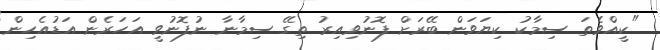
"ކީއްވެތަ ސިމާކު ކިޔަވަން ބޭރަށް ފޮނުވިއިރު ތިގޭ ސިމާނާ ނުފޮނުވީ އަހަރެން އަޑުއެހިން